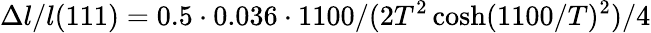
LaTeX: \Delta l/l(111)=0.5\cdot 0.036\cdot 1100/(2T^{2}\cosh(1100/T)^{2})/4